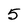
Character: 5